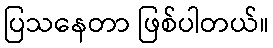
ပြသနေတာ ဖြစ်ပါတယ်။